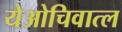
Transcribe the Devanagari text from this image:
येओचिवात्ल